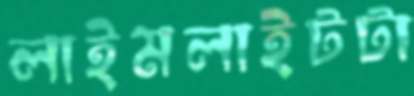
লাইমলাইটটা